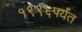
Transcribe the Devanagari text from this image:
१९९६पर्यंत